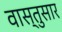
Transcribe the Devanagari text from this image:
वास्तुसार